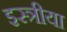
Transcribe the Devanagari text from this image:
इस्त्रीया